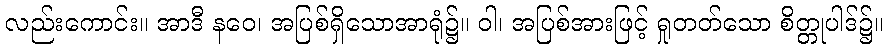
လည်းကောင်း။ အာဒီ နဝေ၊ အပြစ်ရှိသောအာရုံ၌။ ဝါ၊ အပြစ်အားဖြင့် ရှုတတ်သော စိတ္တုပါဒ်၌။